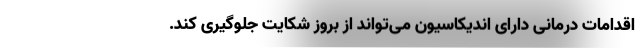
اقدامات درمانی دارای اندیکاسیون می‌تواند از بروز شکایت جلوگیری کند.